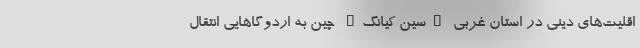
اقلیت‌های دینی در استان غربی "سین کیانگ" چین به اردوگاهایی انتقال